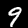
Digit: 9